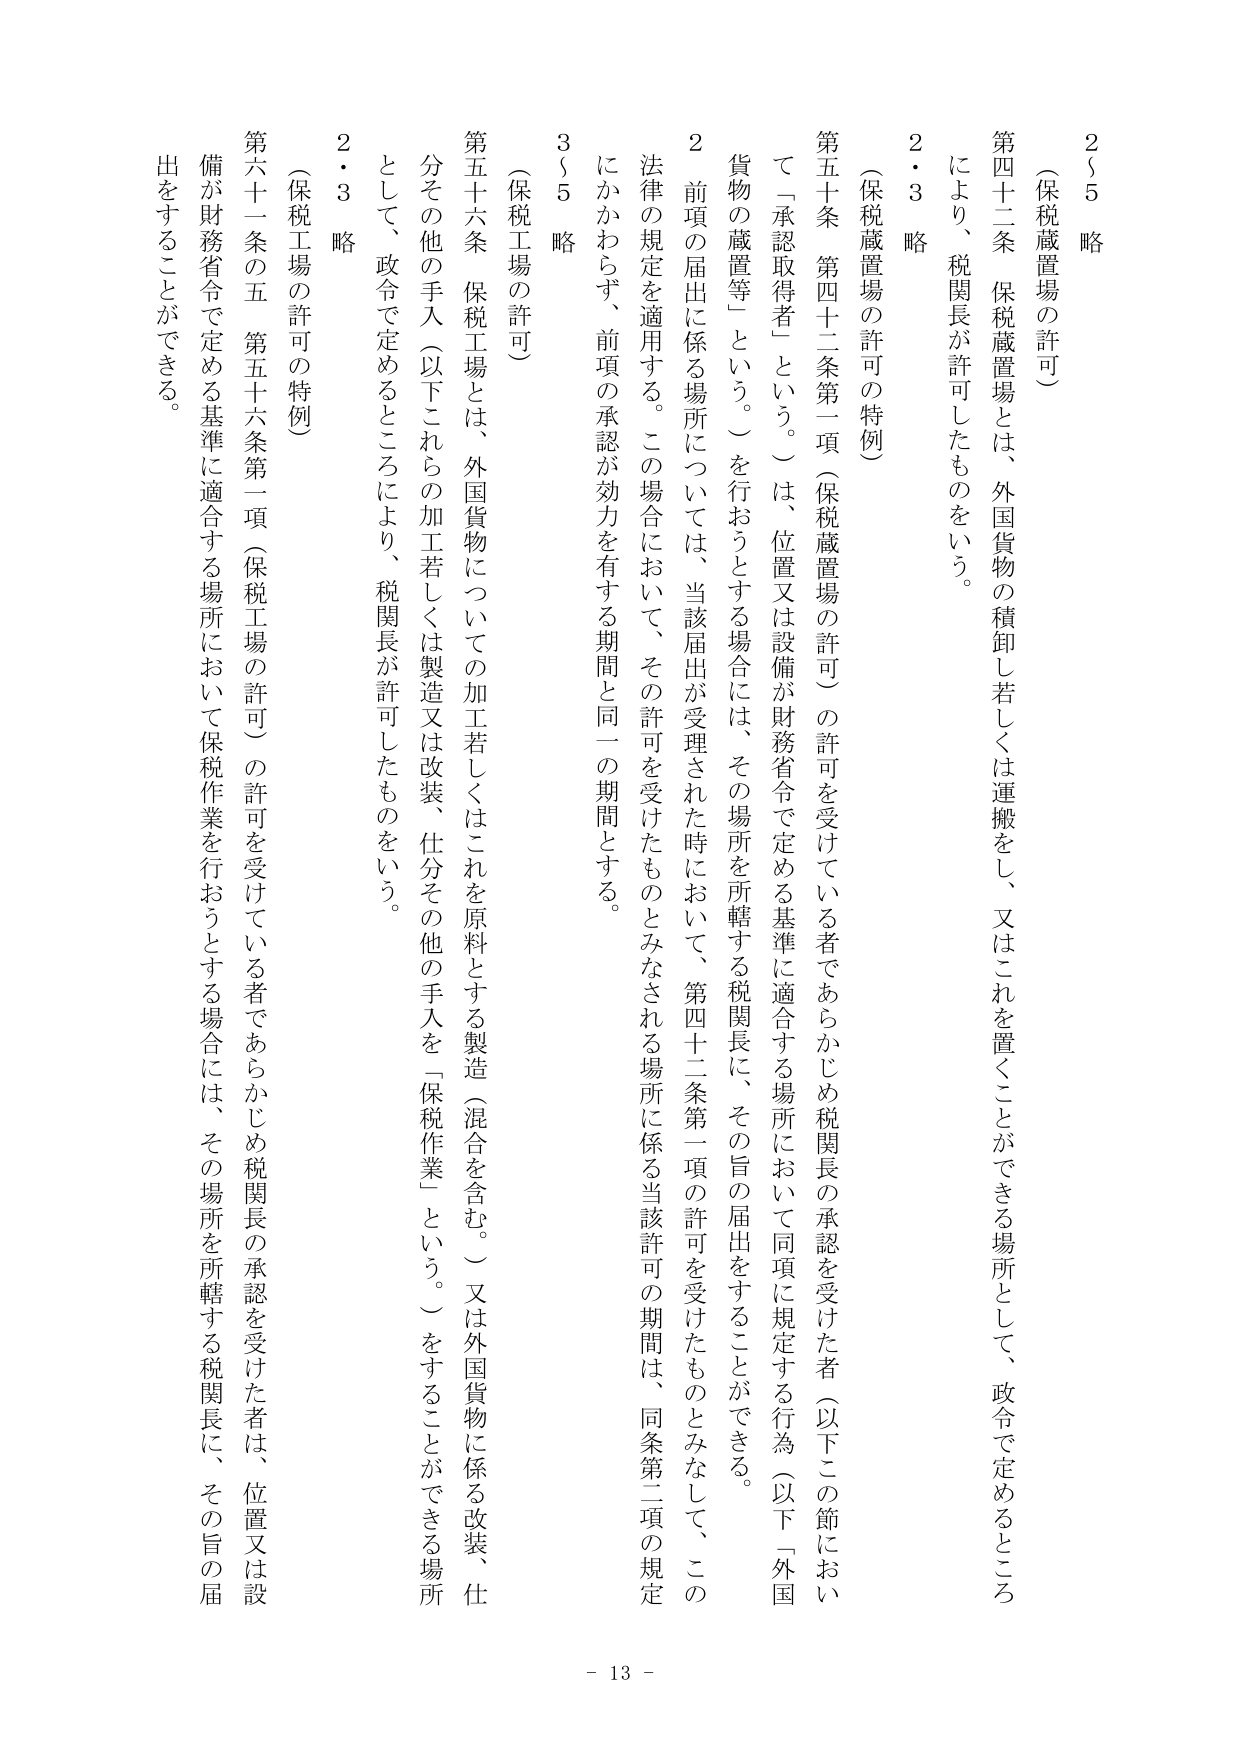
2～5 略
（保税蔵置場の許可）
第四十二条 保税蔵置場とは、外国貨物の積卸し若しくは運搬をし、又はこれを置くことができる場所として、政令で定めるところにより、税関長が許可したものをいう。
2・3 略
（保税蔵置場の許可の特例）
第五十条 第四十二条第一項（保税蔵置場の許可）の許可を受けている者であらかじめ税関長の承認を受けた者（以下この節において「承認取得者」という。）は、位置又は設備が財務省令で定める基準に適合する場所において同項に規定する行為（以下「外国貨物の蔵置等」という。）を行おうとする場合には、その場所を所轄する税関長に、その旨の届出をすることができる。
2 前項の届出に係る場所については、当該届出が受理された時において、第四十二条第一項の許可を受けたものとみなして、この法律の規定を適用する。この場合において、その許可を受けたものとみなされる場所に係る当該許可の期間は、同条第二項の規定にかかわらず、前項の承認が効力を有する期間と同一の期間とする。
3～5 略
（保税工場の許可）
第五十六条 保税工場とは、外国貨物についての加工若しくはこれを原料とする製造（混合を含む。）又は外国貨物に係る改装、仕分その他の手入（以下これらの加工若しくは製造又は改装、仕分その他の手入を「保税作業」という。）をすることができる場所として、政令で定めるところにより、税関長が許可したものをいう。
2・3 略
（保税工場の許可の特例）
第六十一条の五 第五十六条第一項（保税工場の許可）の許可を受けている者であらかじめ税関長の承認を受けた者は、位置又は設備が財務省令で定める基準に適合する場所において保税作業を行おうとする場合には、その場所を所轄する税関長に、その旨の届出をすることができる。
- 13 -